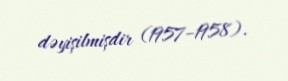
dəyişilmişdir (1957–1958).